Medical and sanitary report of the native army of Bengal for the year
Year: 1878
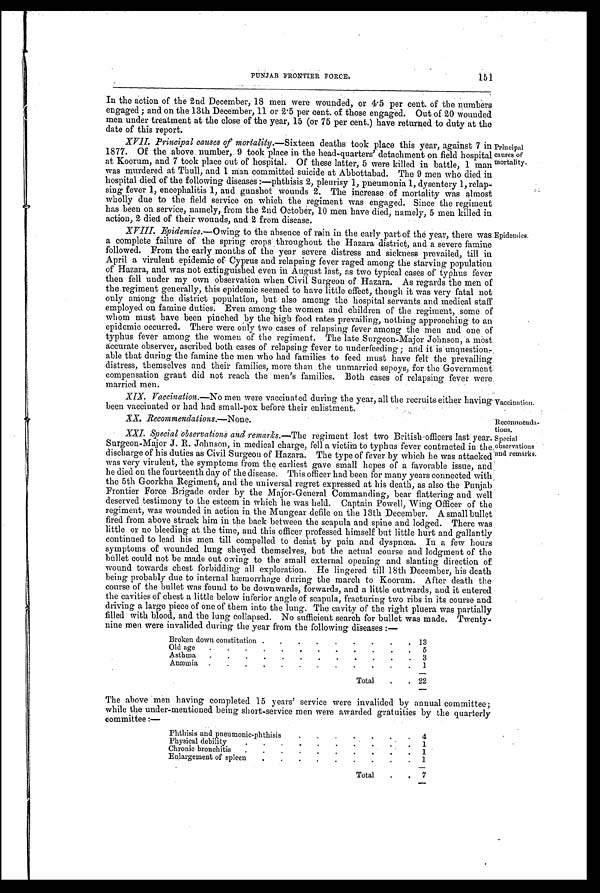
XX. Recommendations .—.N one.
Recommenda-
tions.
151
PUNJAB FRONTIER FORCE:
In the action of the 2nd December, 18 men were wounded, or 4.5 per cent. of the numbers
engaged ; and on the 13th December, 11 or 2.5 per cent. of those engaged. Out of 20 wounded
men under treatment at the close of the year, 15 (or 75 per cent.) have returned to duty at the
date of this report.
XVII. Principal causes of mortality .—Sixteen deaths took place this year, against 7 in
1877. Of the above. number,. 9 took place in the head-quarters' on field hospital
at Koorum, and 7 took place out of hospital. Of these latter, 5 were killed in battle, 1 man
was murdered at Thull, and 1 Man committed suicide at Abbottabad. The 9 men who died in
hospital died of the following diseases :—phthisis 2, pleurisy 1, pneumonia 1, dysentery 1, relap-
sing fever 1, encephalitis 1, and gunshot Wounds 2. The increase of mortality was almost
wholly due to the field service on which the regiment was engaged. Since the regiment
has been on service, namely, from the 2nd October, 10 men have died, namely, 5 men killed in
action, 2 died of their wounds, and 2 from disease.
XVIII. .E p i d e m i c s
. — O w i n g t o t h e a b s e n c e o f r a i n i n t h e e a r l y p a r t o f t h e y e a r , t h e r e w a s
a complete failure of the spring crops. throughout the Hazara district, and a severe famine
followed. From the early months of the year severe distress and sickness prevailed, till in
April a virulent epidemic of Cyprus and relapsing fever raged among the starving population
of Hazara, and was not extinguished' even in August last, as two typical cases of typhus fever
then fell under my own observation when Civil Surgeon of Hazara. As regards the men of
the regiment generally, this epidemic seemed to have little effect, though it was very fatal not
only among the district population, but also among the hospital servants and medical staff
employed on famine duties. Even among the women and children of the regiment, some of
whom must have been pinched by the high food rates prevailing, nothing approaching to an
epidemic occurred. There were only two cases of relapsing fever among the men and one of
typhus fever among the women of the regiment. The late Surgeon-Major Johnson,a most
accurate observer, ascribed both cases of relapsing fever to underfeeding ; and it is.unquestion
able that during the famine the men who had families to feed must have felt the prevailing
distress, themselves and their families, more than the unmarried sepoys, for the Government
compensation grant did not reach the men's families. Both cases of relapsing fever were
married men.
Principal
causes of
mortality.
Epidemics.
XIX. Vaccination.—No men were vaccinated during the year, all the recruits either having
been vaccninated or had bad small_pox before their enlistment.
Vaccination.
• XXI. Special observations and remarks.—The regiment lost two British-officers last year.
Surgeon-Major J. R. Johnson, in medical charge, fell a victim to typhus fever contracted in the,
discharge of his duties as Civil Surgeon of Hazara. The type of fever by which he was attacked
was very virulent, the symptoms from the earliest gave small hopes of a favorable, issue, and
he died on the fourteenth day of the disease This officer had been for many years connected with
the 5th Goorkha Regiment, and the universal regret expressed at his death, as also the Punjab
Frontier Force Brigade order by the Major-General Commanding, bear flattering and well
deserved testimony to the esteem in which he was held. Captain Powell, Wing Officer of the
regiment, was wounded in action in the Mungear defile on the 13th December. A small bullet
fired from above struck him in the back between the scapula and spine and lodged. There was
little or no bleeding at the time, and this officer professed himself but little hurt and gallantly
continued to lead his men till compelled to desist by pain and dyspnœa. In a few hours
symptoms of wounded lung sheaved themselves, but the actual course and lodgment of the
bullet could not be made out owing to the small external opening and slanting direction of
wound towards chest forbidding all exploration. He lingered till 18th December, his death
being probably due to internal hæmorrhage during the march to Koorum. After death the
course of the bullet was found to be downwards, forwards, and a little outwards, and it entered
the cavities of chest a little below inferior angle of scapula, fracturing two ribs in its course and
driving a large piece of one of them into the lung. The cavity of the right pluera was partially
filled with blood, and the lung collapsed. No sufficient search for bullet was made. Twenty-
nine men were invalided during the year from the following diseases :—
Special
observations
and remarks.
Broken down constitution
.
. .
.
.
.
. 13
Old age
.
.
. .
. . .
.
.
.
. 5
Asthma
.
.
. .
.
. .
. .
.
. 3
Anæmia .
.
. . . .
.
.
.
. . 1
Total
.
. 22
The above men having completed 15 years' service were invalided by annual committee;
while theunder-mentioned being short-service men were awarded gratuities by the quarterly
committee :—
Phthisis and pneumonic-phthisis
. .
. .
. . 4
Physical debility
. . .
. .
.
.
.
.
1
Chronic bronchitis . .
. . .
.
.
. . . 1
Enlargement of spleen .
.
. .
.
.
.
.
. 1
Total
.
7